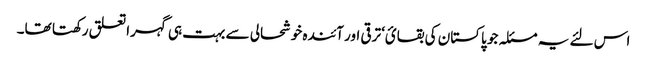
اس لئے یہ مسئلہ جو پاکستان کی بقائ‘ ترقی اور آئندہ خوشحالی سے بہت ہی گہرا تعلق رکھتا تھا۔